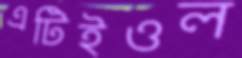
এটিইওল